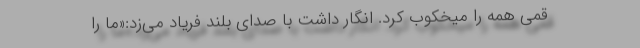
قمی همه را میخکوب کرد. انگار داشت با صدای بلند فریاد می‌زد:«ما را